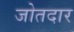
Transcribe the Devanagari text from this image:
जोतदार